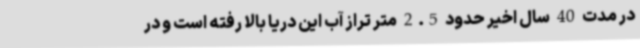
در مدت 40 سال اخیر حدود 2.5 متر تراز آب این دریا بالا رفته است و در